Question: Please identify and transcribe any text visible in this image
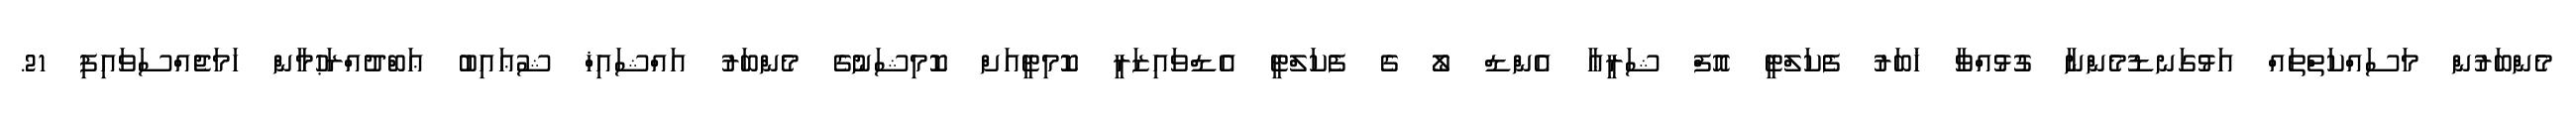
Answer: މެންބަރުން މަސައްކަތްތައް އަޅުގަނޑުމެންނާ ގުޅުއްވާ ޚަބަރު ފެކަލްޓީ އޮފް ޝަރީޢާ އެންޑް ލޯ ގެ ފެކަލްޓީ އެޑްވައިޒަރީ ކޮމިޓީއަށް ކޮމިޝަނުގެ މެންބަރު އައްޝައިޚް ޝުޢައިބު ޢަބްދުއްރަޙުމާން ހަމަޖެއްސަވައިފި 21.